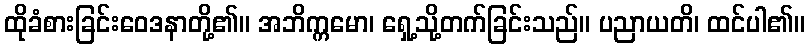
ထိုခံစားခြင်းဝေဒနာတို့၏။ အဘိက္ကမော၊ ရှေ့သို့တက်ခြင်းသည်။ ပညာယတိ၊ ထင်ပါ၏။